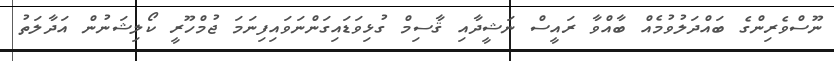
ނޫސްވެރިންގެ ބައްދަލުވުމެއް ބާއްވާ ރައީސް ނަޝީދާއި ޤާސިމް ގުޅިވަޑައިގަންނަވައިފިނަމަ ޖުމްހޫރީ ކޯލިޝަނުން އަދާލަތު